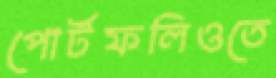
পোর্টফলিওতে